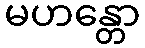
မဟန္တော